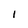
Character: i